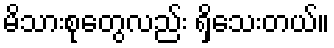
မိသားစုတွေလည်း ရှိသေးတယ်။